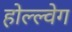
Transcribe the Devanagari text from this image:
होल्ल्वेग